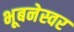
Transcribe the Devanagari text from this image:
भूबनेस्वर